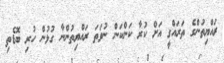
ރައްޔިތުންގެ ތަރައްގީ އަށް ކުރާ ކަންކަން ނުވަތަ ރައްޔިތުންނާ ގުޅުން ހުރި ބޮޑެތި